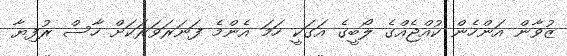
ޒުވާން އަންހެން ކުއްޖެއްގެ ލޯބީގެ އަގަކީ ހަމަ އެންމެ ފަނަރަވަރަކަށް ހާސް ރުފިޔާ